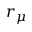
r _ { \mu }